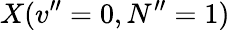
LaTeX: X(v^{\prime\prime}=0,N^{\prime\prime}=1)